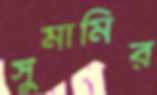
সুমামির